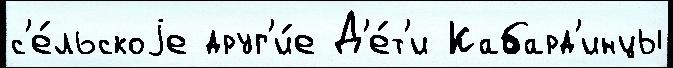
с'е́льскоjе друг'и́е Д'е́т'и Кабард'инцы